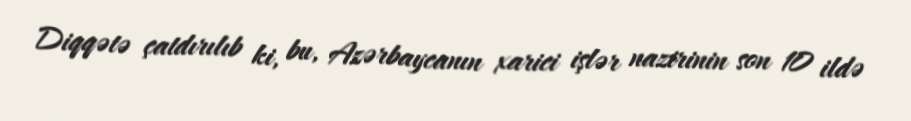
Diqqətə çatdırılıb ki, bu, Azərbaycanın xarici işlər nazirinin son 10 ildə